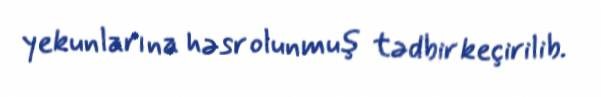
yekunlarına həsr olunmuş tədbir keçirilib.